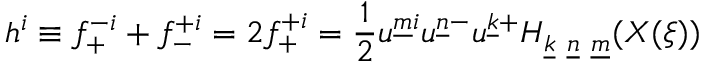
h ^ { i } \equiv f _ { + } ^ { - i } + f _ { - } ^ { + i } = 2 f _ { + } ^ { + i } = { \frac { 1 } { 2 } } u ^ { \underline { { { m } } } i } u ^ { \underline { { { n } } } - } u ^ { \underline { { { k } } } + } H _ { \underline { { { k } } } ~ \underline { { { n } } } ~ \underline { { { m } } } } ( X ( \xi ) )